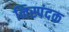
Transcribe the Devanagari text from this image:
निस्पंदक